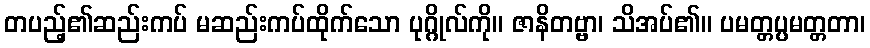
တပည့်၏ဆည်းကပ် မဆည်းကပ်ထိုက်သော ပုဂ္ဂိုလ်ကို။ ဇာနိတဗ္ဗာ၊ သိအပ်၏။ ပမတ္တပ္ပမတ္တတာ၊